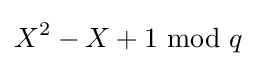
X^{2}-X+1\ {\text{mod}}\ q